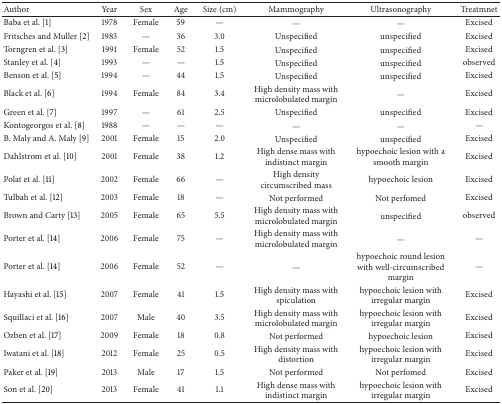
| Author | Year | Sex | Age | Size (cm) | Mammography | Ultrasonography | Treatmnet |
 | --- | --- | --- | --- | --- | --- | --- | --- |
 | Baba et al. [1] | 1978 | Female | 59 | — | — | — | Excised |
 | Fritsches and Muller [2] | 1983 | — | 36 | 3.0 | Unspecified | unspecified | Excised |
 | Torngren et al. [3] | 1991 | Female | 52 | 1.5 | Unspecified | unspecified | Excised |
 | Stanley et al. [4] | 1993 | — | — | 1.5 | Unspecified | unspecified | observed |
 | Benson et al. [5] | 1994 | — | 44 | 1.5 | Unspecified | unspecified | Excised |
 | Black et al. [6] | 1994 | Female | 84 | 3.4 | High density mass with microlobulated margin | — | Excised |
 | Green et al. [7] | 1997 | — | 61 | 2.5 | Unspecified | unspecified | Excised |
 | Kontogeorgos et al. [8] | 1988 | — | — | — | — | — | — |
 | B. Maly and A. Maly [9] | 2001 | Female | 15 | 2.0 | Unspecified | unspecified | Excised |
 | Dahlstrom et al. [10] | 2001 | Female | 38 | 1.2 | High dense mass with indistinct margin | hypoechoic lesion with a smooth margin | Excised |
 | Polat et al. [11] | 2002 | Female | 66 | — | High density circumscribed mass | hypoechoic lesion | Excised |
 | Tulbah et al. [12] | 2003 | Female | 18 | — | Not performed | Not perfomed | Excised |
 | Brown and Carty [13] | 2005 | Female | 65 | 5.5 | High density mass with microlobulated margin | unspecified | observed |
 | Porter et al. [14] | 2006 | Female | 75 | — | High density mass with microlobulated margin | — | — |
 | Porter et al. [14] | 2006 | Female | 52 | — | — | hypoechoic round lesion with well-circumscribed margin | — |
 | Hayashi et al. [15] | 2007 | Female | 41 | 1.5 | High density mass with spiculation | hypoechoic lesion with irregular margin | Excised |
 | Squillaci et al. [16] | 2007 | Male | 40 | 3.5 | High density mass with microlobulated margin | hypoechoic lesion with irregular margin | Excised |
 | Ozben et al. [17] | 2009 | Female | 18 | 0.8 | Not performed | hypoechoic lesion | Excised |
 | Iwatani et al. [18] | 2012 | Female | 25 | 0.5 | High density mass with distortion | hypoechoic lesion with irregular margin | Excised |
 | Paker et al. [19] | 2013 | Male | 17 | 1.5 | Not performed | Not perfomed | Excised |
 | Son et al. [20] | 2013 | Female | 41 | 1.1 | High dense mass with indistinct margin | hypoechoic lesion with irregular margin | Excised |